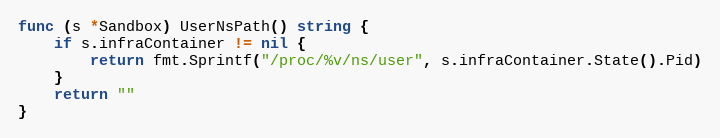
Language: Go
func (s *Sandbox) UserNsPath() string {
	if s.infraContainer != nil {
		return fmt.Sprintf("/proc/%v/ns/user", s.infraContainer.State().Pid)
	}
	return ""
}